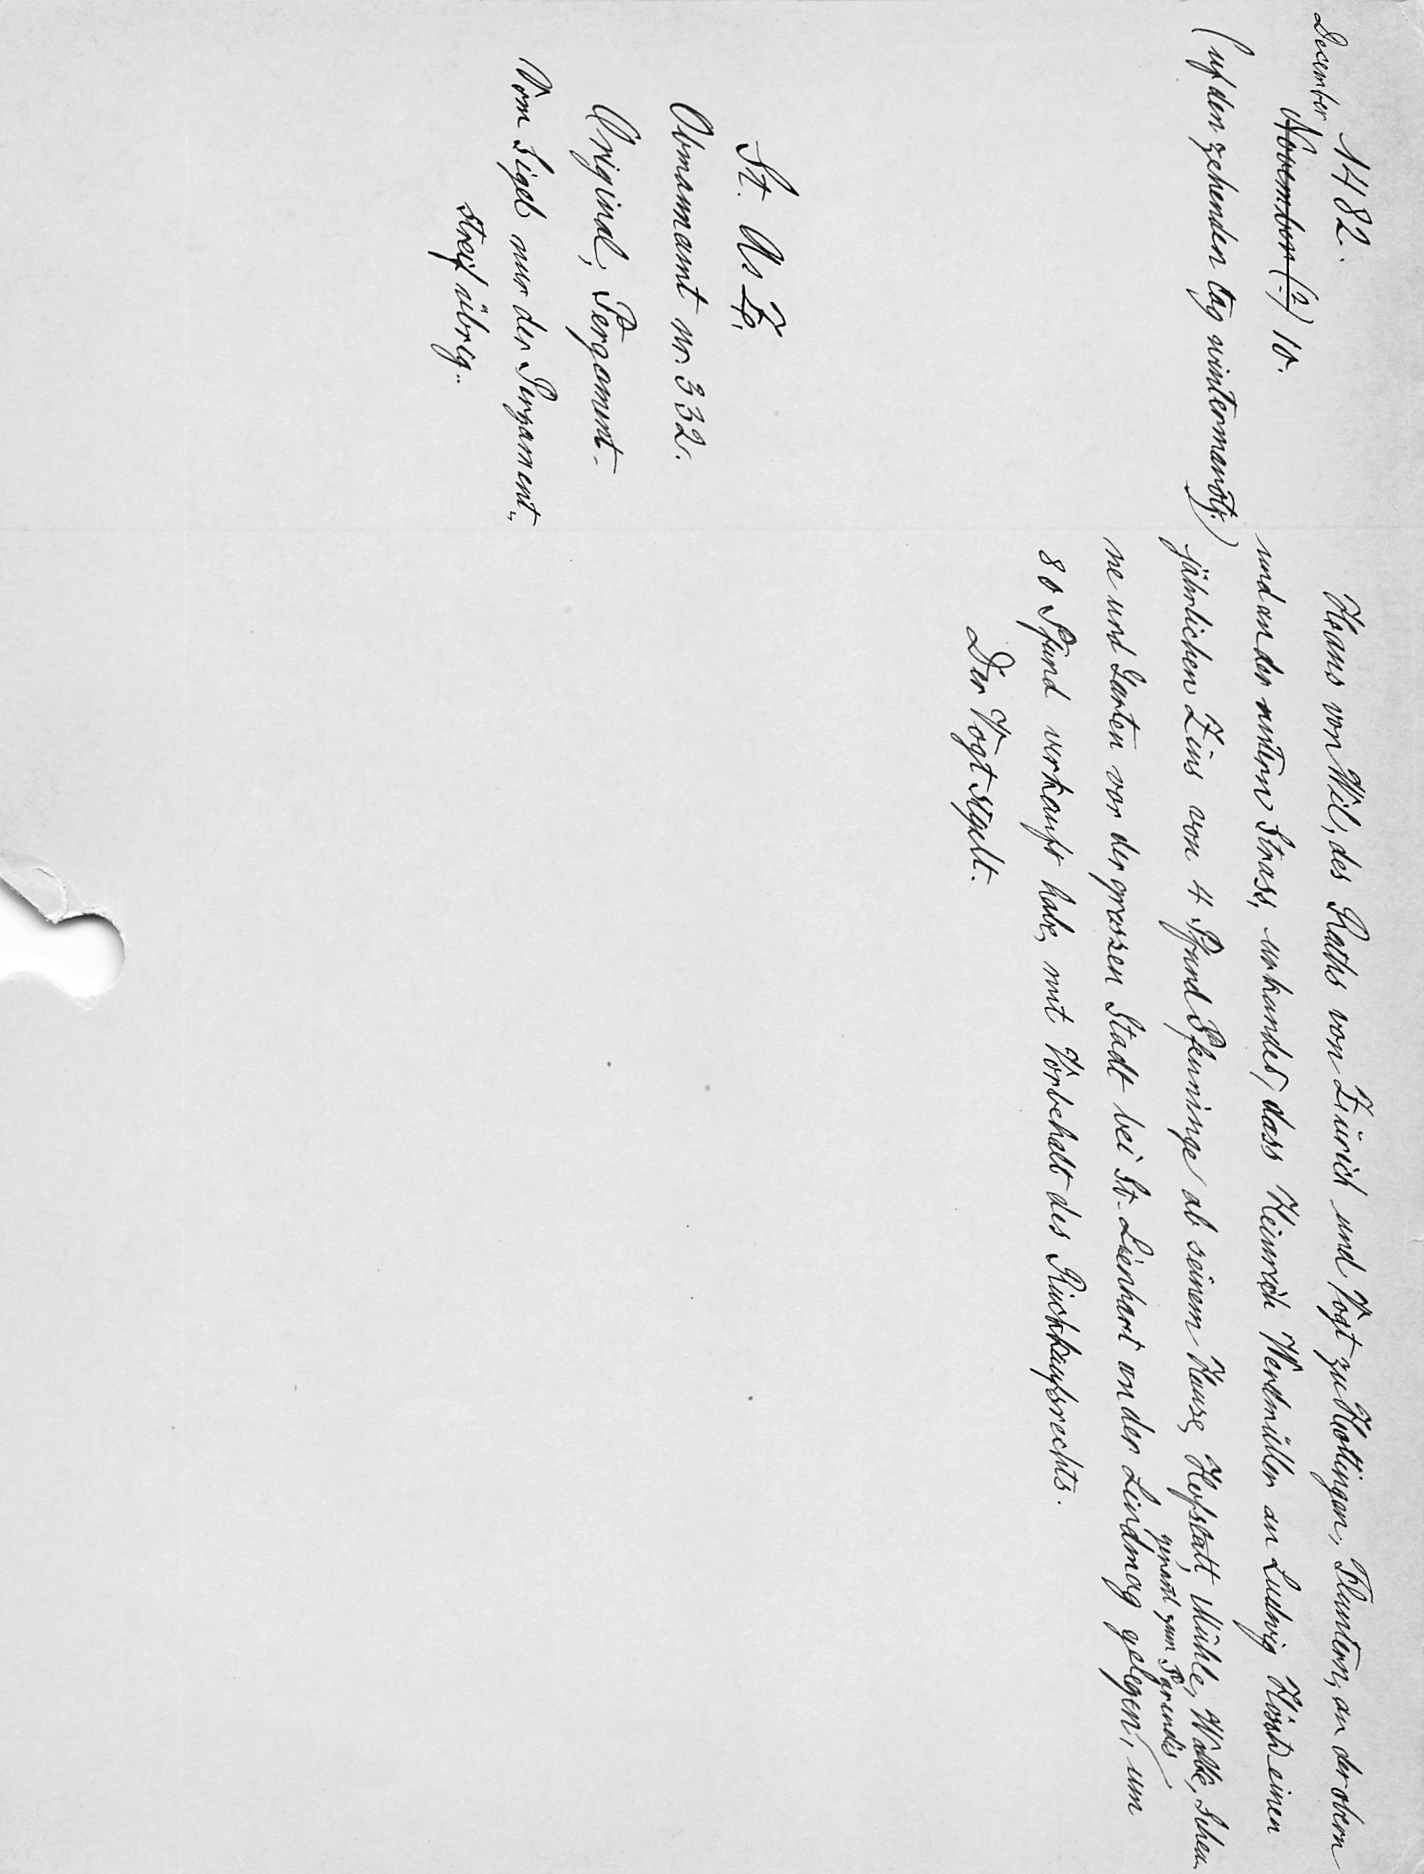
Hans von Wil, des Raths von Zürich und Vogt zu Hottingen, Fluntern, an der obern
und an der untern Strass, urkundet, dass Heinrich Werdmüller an Ludwig Hoͤsch einen
jährlichen Zins von 4 Pfund Pfenninge ab seinem Hause, Hofstatt, Mühle, Walke, Scheu¬
genannt zum Parendis
ne und Garten vor der grossen Stadt bei St. Lienhart an der Lindmag gelegen, um
80 Pfund verkauft habe, mit Vorbehalt des Rückkaufsrechts.
Der Vogt sigelt.

1482.
December
November (?) 10.
(uf den zehenden tag wintermonatz.)
St. A. Z.
Obmannamt nr. 332.
Original, Pergament.
Vom Sigel nur der Pergament¬
streif übrig.